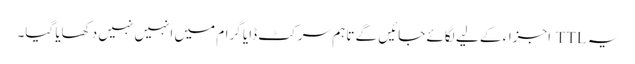
یہ TTL اجزاء کے لیے لگائے جائیں گے تاہم سرکٹ ڈایا گرام میں انہیں نہیں دکھایا گیا۔